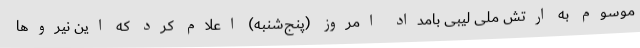
موسوم به ارتش ملی لیبی بامداد امروز (پنج‌شنبه) اعلام کرد که این نیروها